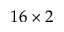
1 6 \times 2